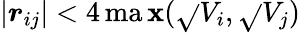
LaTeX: \left|\boldsymbol{r}_{ij}\right|<4\operatorname*{ma\mathbf{x}}(\sqrt{}{{V_{i}}},\sqrt{}{{V_{j}}})